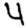
Digit: 4